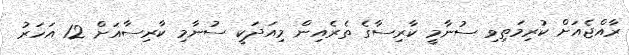
ރާއްޖެއަށް ކުރިމަތިވި ސުނާމީ ކާރިސާގެ ތެރެއިން މިއަދަކީ ސުނާމި ކާރިސާއަށް 12 އަހަރު